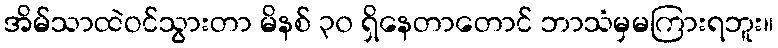
အိမ်သာထဲဝင်သွားတာ မိနစ် ၃၀ ရှိနေတာတောင် ဘာသံမှမကြားရဘူး။